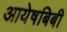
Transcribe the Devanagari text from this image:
आयेषबिबी